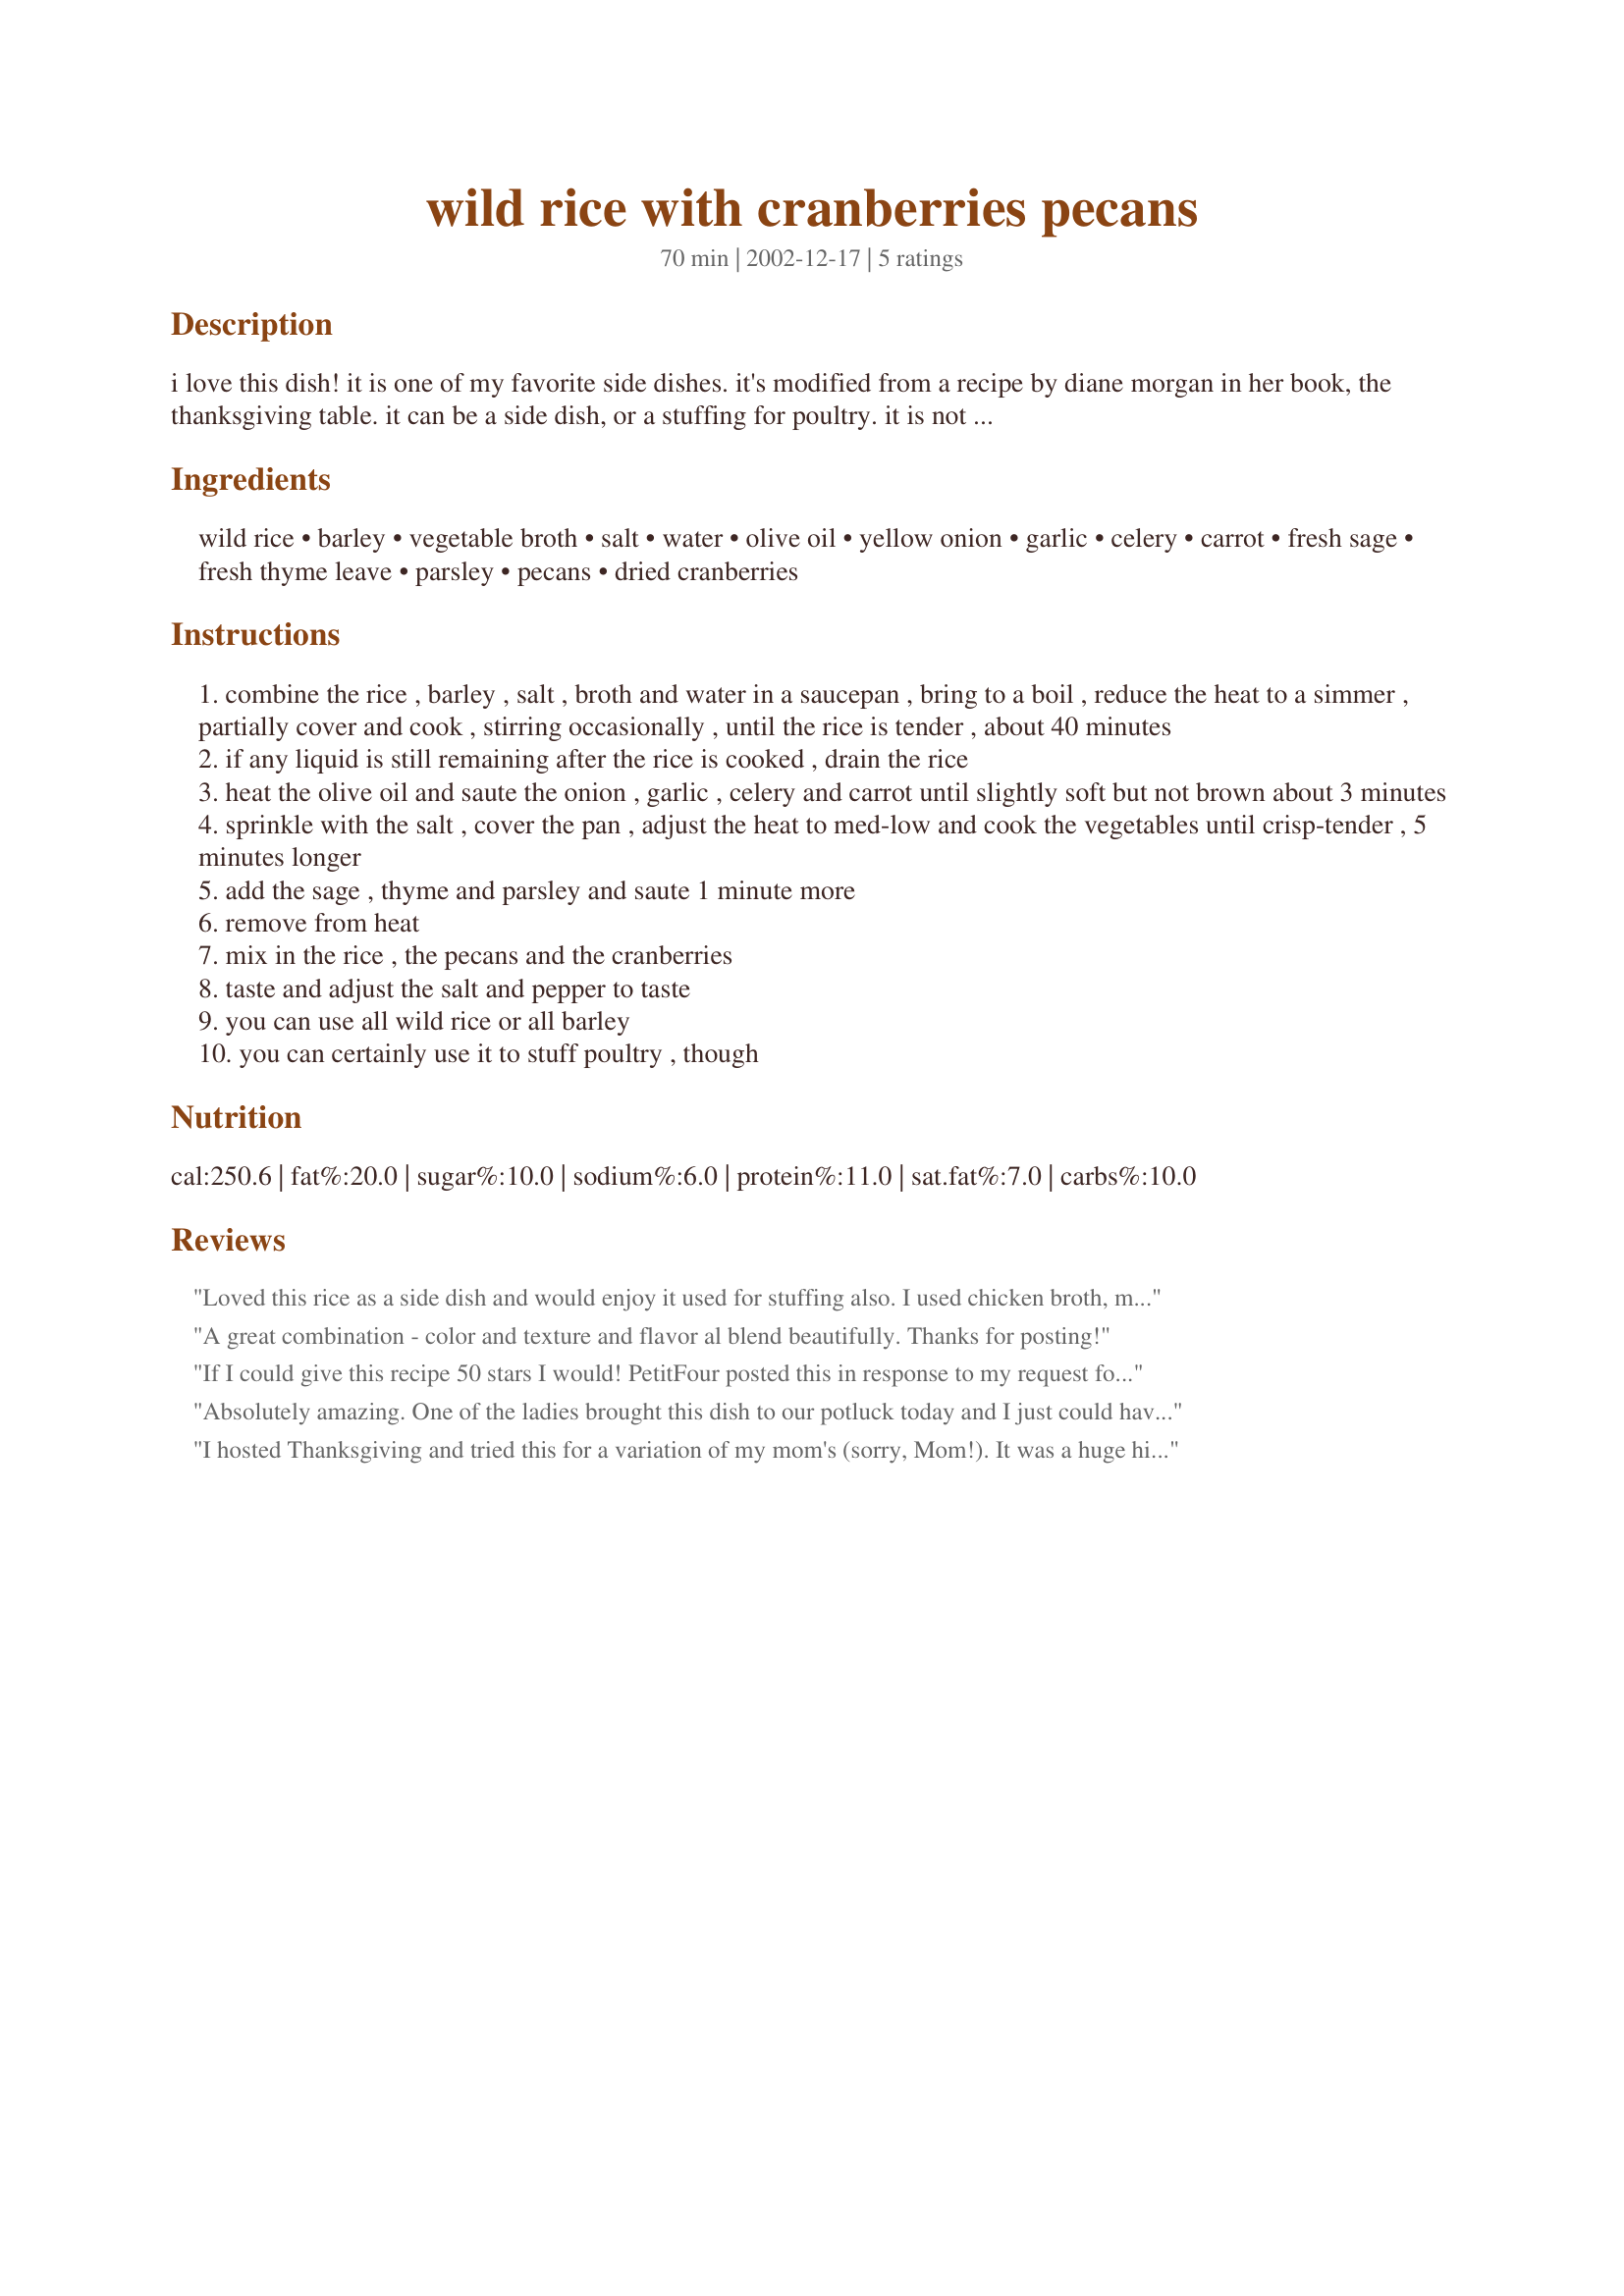
wild rice with cranberries pecans
Preparation time: 70 minutes

i love this dish! it is one of my favorite side dishes. it's modified from a recipe by diane morgan in her book, the thanksgiving table. it can be a side dish, or a stuffing for poultry. it is not sweet at all, but the cranberries give a nice contrast with the rest of the ingredients.

Ingredients:
wild rice, barley, vegetable broth, salt, water, olive oil, yellow onion, garlic, celery, carrot, fresh sage, fresh thyme leave, parsley, pecans, dried cranberries

Steps:
combine the rice , barley , salt , broth and water in a saucepan , bring to a boil , reduce the heat to a simmer , partially cover and cook , stirring occasionally , until the rice is tender , about 40 minutes
if any liquid is still remaining after the rice is cooked , drain the rice
heat the olive oil and saute the onion , garlic , celery and carrot until slightly soft but not brown about 3 minutes
sprinkle with the salt , cover the pan , adjust the heat to med-low and cook the vegetables until crisp-tender , 5 minutes longer
add the sage , thyme and parsley and saute 1 minute more
remove from heat
mix in the rice , the pecans and the cranberries
taste and adjust the salt and pepper to taste
you can use all wild rice or all barley
you can certainly use it to stuff poultry , though

Reviews:
Loved this rice as a side dish and would enjoy it used for stuffing also. I used chicken broth, matchstick carrots, and dried herbs instead of fresh. The cranberries and pecans are wonderful, sweet and earthy flavor combination. Dont wait until the holidays to give this recipe a try! Thank you P4 for posting!
A great combination - color and texture and flavor al blend beautifully. Thanks for posting!
If I could give this recipe 50 stars I would! PetitFour posted this in response to my request for a Christmas side dish. It was absolutely WONDERFUL! I used a combination of long and short grain brown rice instead of the barley as that is what I had on hand and added a bit more butter when I adjusted the seasonings at the end. I served it with Cornish Game Hens for Christmas and served the leftovers with ham steaks the next night. Both combinations were terrific. This recipe will be our holiday tradition for many years to come, but I'm not going to wait untl just holidays to serve it! Thanks, PetitFour!
Absolutely amazing. One of the ladies brought this dish to our potluck today and I just could have eaten that alone. It was filling and delicious. I'll make this all fall
I hosted Thanksgiving and tried this for a variation of my mom's (sorry, Mom!). It was a huge hit! The cranberries give just a hint of sweet with the mild saltiness of the broth....Mmmmmm. So I made it on Christmas, too, and that time it turned out even better! Can't wait to have it again! (I subbed all wild rice for a more traditional dish.) Very easy, Very tasty and satisfing!
